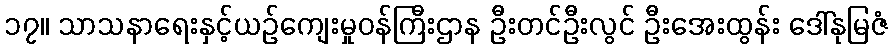
၁၇။ သာသနာရေးနှင့်ယဉ်ကျေးမှုဝန်ကြီးဌာန ဦးတင်ဦးလွင် ဦးအေးထွန်း ဒေါ်နုမြဇံ